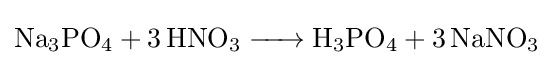
{\ce {Na3PO4 + 3HNO3 -> H3PO4 + 3NaNO3}}